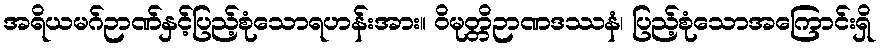
အရိယမဂ်ဉာဏ်နှင့်ပြည့်စုံသောရဟန်းအား။ ဝိမုတ္တိဉာဏဒဿနံ၊ ပြည့်စုံသောအကြောင်းရှိ